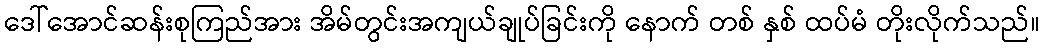
ဒေါ်အောင်ဆန်းစုကြည်အား အိမ်တွင်းအကျယ်ချုပ်ခြင်းကို နောက် တစ် နှစ် ထပ်မံ တိုးလိုက်သည်။